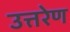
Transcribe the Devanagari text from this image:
उत्तरेण